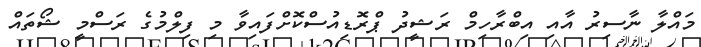
މައްލާ ނާސިރު އާއި އިބްރާހިމް ރަޝީދު ޕްރޮޑިއުސްކޮށްފައިވާ މި ފިލްމުގެ ރަސްމީ ޝޯތައް